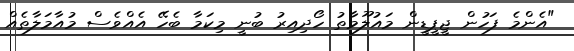
"އެންމެ ފަހުން ޖީޕީޑީން މައުލޫމާތު ހޯދިއިރު ބުނީ މިކަމާ ބެހޭ އެއްވެސް މުއާމަލާތެއް